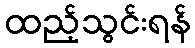
ထည့်သွင်းရန်